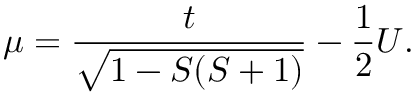
\mu = \frac { t } { \sqrt { 1 - S ( S + 1 ) } } - \frac { 1 } { 2 } U .